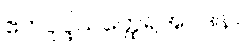
ဧကပုပ္ဖိယတ္ထေရအပဒါန။